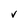
Character: V